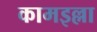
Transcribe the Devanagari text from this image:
कामइल्ला